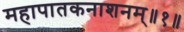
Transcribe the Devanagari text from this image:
महापातकनाशनम्‌॥१॥